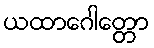
ယထာဂေါတ္တော